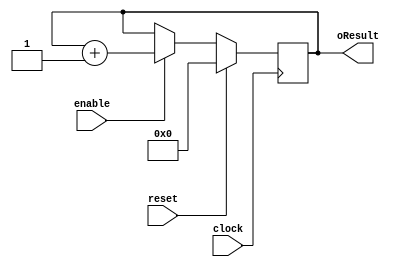
module  upcounter #(parameter WIDTH=8)
   (
    input wire 		   reset,
    input wire 		   enable,
    input wire 		   clock,
    output reg [WIDTH-1:0] oResult
    );

   always @(posedge clock)
     begin
	if (reset)
	  begin
	     oResult <= 0;
	  end
	else
	  begin
	     if (enable)
	       begin
		  oResult <= oResult + 1;
	       end
	     else
	       begin
		  oResult <= oResult;
	       end
	  end
     end

endmodule